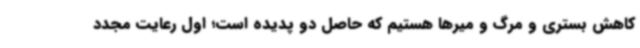
کاهش بستری و مرگ و میرها هستیم که حاصل دو پدیده است؛ اول رعایت مجدد